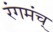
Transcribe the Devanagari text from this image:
रंगमंच्